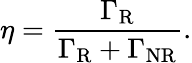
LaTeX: \eta=\frac{\Gamma_{\mathrm{R}}}{\Gamma_{\mathrm{R}}+\Gamma_{\mathrm{NR}}}.